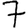
Digit: 7